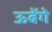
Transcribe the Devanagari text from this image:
ऊबेंगे